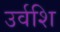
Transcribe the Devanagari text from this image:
उर्वशि